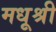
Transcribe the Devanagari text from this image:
मधूश्री